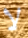
لا